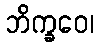
ဘိက္ခဝေ၊